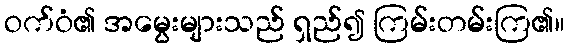
ဝက်ဝံ၏ အမွေးများသည် ရှည်၍ ကြမ်းတမ်းကြ၏။